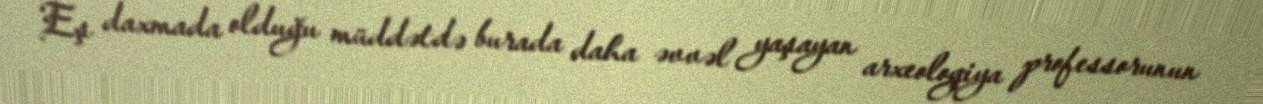
Eş daxmada olduğu müddətdə burada daha əvvəl yaşayan arxeologiya professorunun